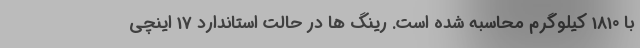
با 1810 کیلوگرم محاسبه شده است. رینگ ها در حالت استاندارد 17 اینچی